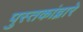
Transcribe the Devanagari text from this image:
पुस्तकांद्वारे